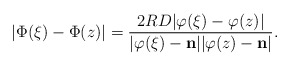
\begin{align*}| \Phi(\xi) - \Phi(z) |= \frac{2RD | \varphi(\xi) - \varphi(z) |}{|\varphi(\xi) - \mathbf n | | \varphi(z) - \mathbf n |}.\end{align*}